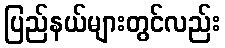
ပြည်နယ်များတွင်လည်း